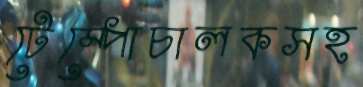
টেম্পোচালকসহ